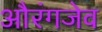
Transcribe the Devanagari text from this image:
औरंगजेव